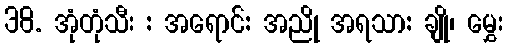
38. အုံတုံသီး : အရောင်: အညို အရသာ: ချို၊ မွှေး